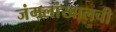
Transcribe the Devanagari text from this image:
जंगलांखालची